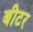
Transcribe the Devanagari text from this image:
बीटर